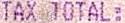
TAX TOTAL: